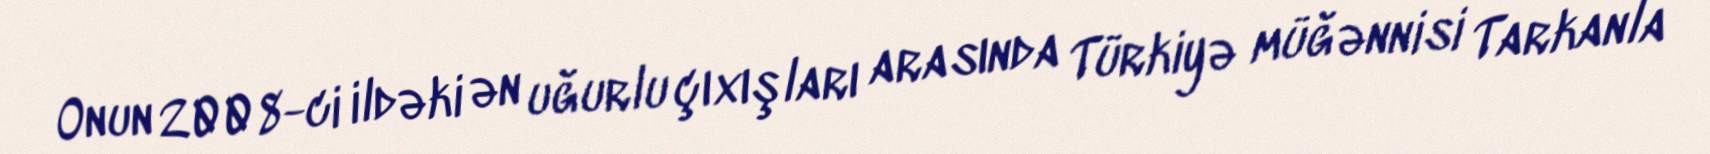
Onun 2008-ci ildəki ən uğurlu çıxışları arasında Türkiyə müğənnisi Tarkanla